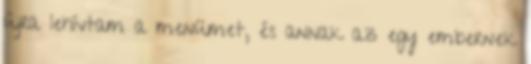
újra lehívtam a menümet, és annak az egy embernek